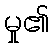
မှု၏